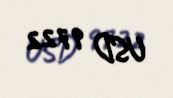
USD 9722